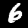
Digit: 6